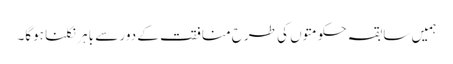
ہمیں سابقہ حکومتوں کی طرح منافقت کے دور سے باہر نکلنا ہوگا۔